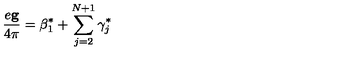
\frac { e { \bf g } } { 4 \pi } = { \mathrm { \boldmath \beta } } _ { 1 } ^ { * } + \sum _ { j = 2 } ^ { N + 1 } { \mathrm { \boldmath \gamma } } _ { j } ^ { * }